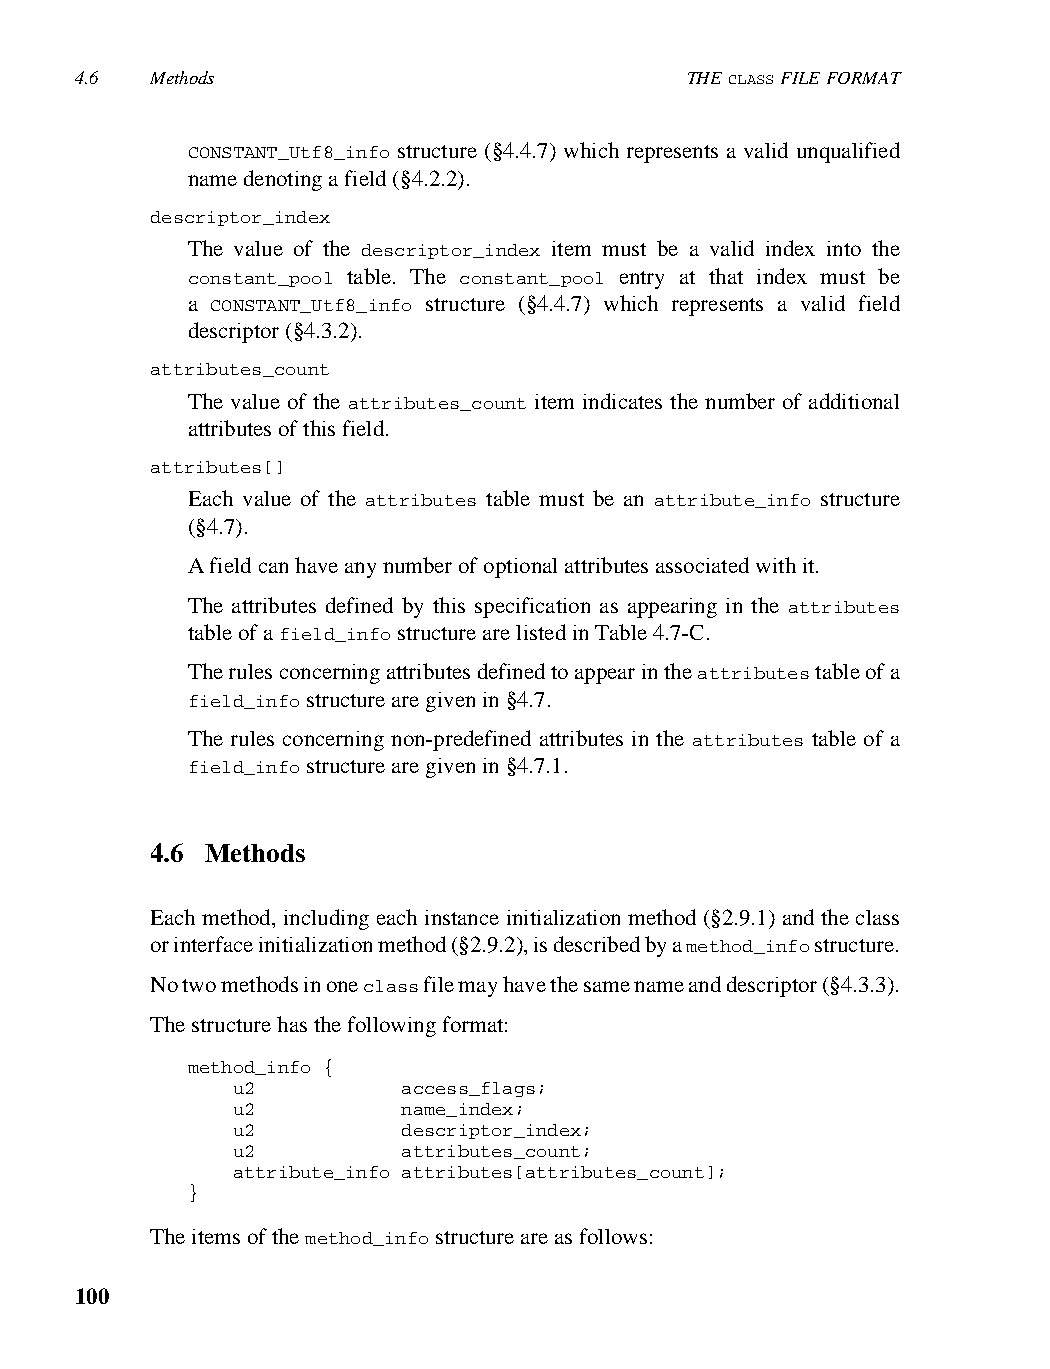
4.6  Methods                            THE CLASS FILE FORMAT
 CONSTANT_Utf8_info structure (§4.4.7) which represents a valid unqualified
 name denoting a field (§4.2.2).
 descriptor_index
 The value of the descriptor_index item must be a valid index into the
 constant_pool table. The constant_pool entry at that index must be
 a CONSTANT_Utf8_info structure (§4.4.7) which represents a valid field
 descriptor (§4.3.2).
 attributes_count
 The value of the attributes_count item indicates the number of additional
 attributes of this field.
 attributes[]
 Each value of the attributes table must be an attribute_info structure
 (§4.7).
 A field can have any number of optional attributes associated with it.
 The attributes defined by this specification as appearing in the attributes
 table of a field_info structure are listed in Table 4.7-C.
 The rules concerning attributes defined to appear in the attributes table of a
 field_info structure are given in §4.7.
 The rules concerning non-predefined attributes in the attributes table of a
 field_info structure are given in §4.7.1.
 4.6 Methods
 Each method, including each instance initialization method (§2.9.1) and the class
 or interface initialization method (§2.9.2), is described by a method_info structure.
 No two methods in one class file may have the same name and descriptor (§4.3.3).
 The structure has the following format:
 method_info {
 u2          access_flags;
 u2          name_index;
 u2          descriptor_index;
 u2          attributes_count;
 attribute_info attributes[attributes_count];
 }
 The items of the method_info structure are as follows:
 100